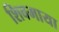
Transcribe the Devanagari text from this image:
शिवमाया